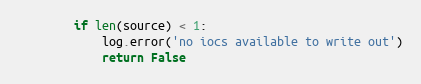
Language: Python
        if len(source) < 1:
            log.error('no iocs available to write out')
            return False